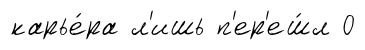
карье́ра л'ишь п'ер'еш́л 0